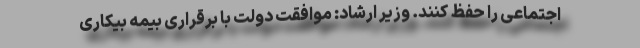
اجتماعی را حفظ کنند. وزیر ارشاد: موافقت دولت با برقراری بیمه بیکاری